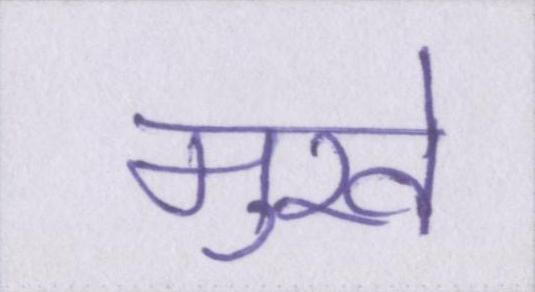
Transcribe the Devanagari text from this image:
मुखे